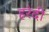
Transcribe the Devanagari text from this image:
हरेदी